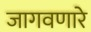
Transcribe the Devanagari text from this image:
जागवणारे